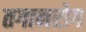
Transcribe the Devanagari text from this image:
तगानरोग